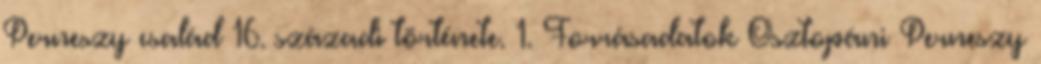
Perneszy család 16. századi története. 1. Forrásadatok Osztopáni Perneszy